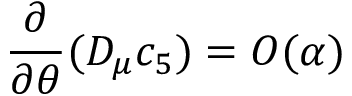
\frac { \partial } { \partial \theta } ( D _ { \mu } c _ { 5 } ) = O ( \alpha )